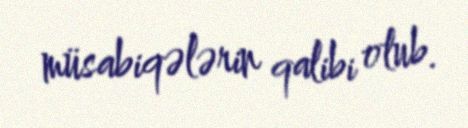
müsabiqələrin qalibi olub.